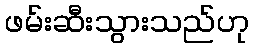
ဖမ်းဆီးသွားသည်ဟု